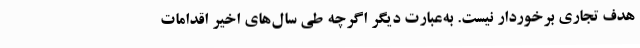
هدف تجاری برخوردار نیست. به‌عبارت دیگر اگرچه طی سال‌های اخیر اقدامات